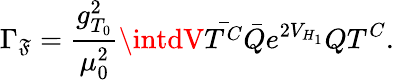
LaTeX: \Gamma_{\mathfrak{F}}=\frac{{g_{T_{0}}^{2}}}{{\mu_{0}^{2}}}\intdV\bar{{T^{C}}}\bar{{Q}}e^{2V_{H_{1}}}QT^{C}.